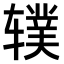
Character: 𫐗